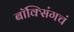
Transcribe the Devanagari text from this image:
बॉक्सिंगचं